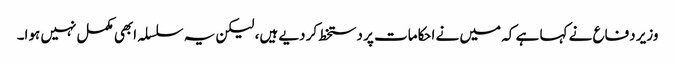
وزیر دفاع نے کہا ہے کہ میں نے احکامات پر دستخط کر دیے ہیں، لیکن یہ سلسلہ ابھی مکمل نہیں ہوا۔